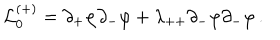
{ \cal L } _ { 0 } ^ { ( + ) } = \partial _ { + } \varphi \partial _ { - } \varphi + \lambda _ { + + } \partial _ { - } \varphi \partial _ { - } \varphi \, .